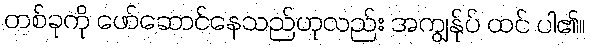
တစ်ခုကို ဖော်ဆောင်နေသည်ဟုလည်း အကျွန်ုပ် ထင် ပါ၏။